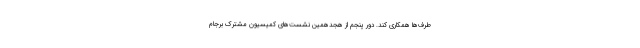
طرف‌ها همکاری کند. دور پنجم از هجدهمین نشست‌های کمیسیون مشترک برجام